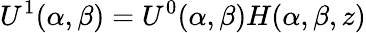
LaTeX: U^{1}(\alpha,\beta)=U^{0}(\alpha,\beta)H(\alpha,\beta,z)